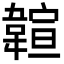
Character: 𩏆